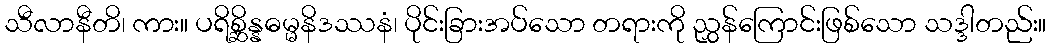
သီလာနီတိ၊ ကား။ ပရိစ္ဆိန္နဓမ္မနိဒဿနံ၊ ပိုင်းခြားအပ်သော တရားကို ညွှန်ကြောင်းဖြစ်သော သဒ္ဒါတည်း။